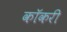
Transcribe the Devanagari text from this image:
कॉकरी